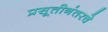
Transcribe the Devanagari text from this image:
प्रसूतीनंतरचे